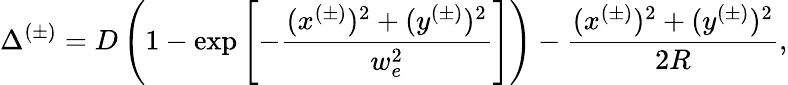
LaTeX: \Delta^{(\pm)}=D\left(1-\exp\left[-\frac{(x^{(\pm)})^{2}+(y^{(\pm)})^{2}}{w_{e}^{2}}\right]\right)-\frac{(x^{(\pm)})^{2}+(y^{(\pm)})^{2}}{2R},